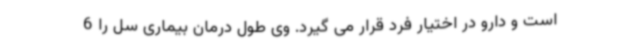
است و دارو در اختیار فرد قرار می گیرد. وی طول درمان بیماری سل را 6